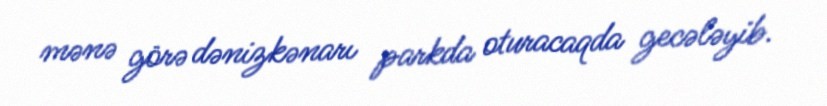
mənə görə dənizkənarı parkda oturacaqda gecələyib.